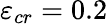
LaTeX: \varepsilon_{cr}=0.2